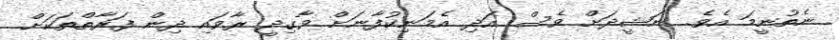
ނެތުނީމަ އެވެ. ނަޝީދަށް ވެސް އަދި އެމަނިކުފާނަށް ވާގިދީ ރާވައި ދިން ފަރާތްތަކަށް